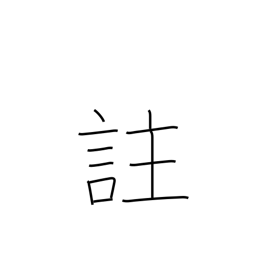
Meaning: comment